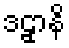
ဒဠှာနိ